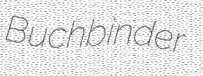
Buchbinder